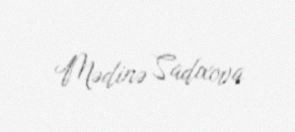
Mədinə Sadıxova